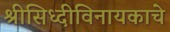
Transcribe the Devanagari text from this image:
श्रीसिध्दीविनायकाचे